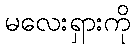
မလေးရှားကို